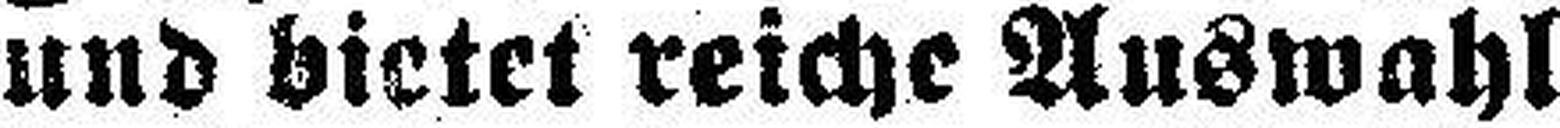
und bietet reiche Auswahl